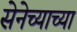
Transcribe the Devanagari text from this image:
सेनेच्याच्या